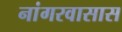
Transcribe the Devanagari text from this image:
नांगरवासास